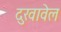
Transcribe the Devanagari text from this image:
दुखावेल